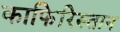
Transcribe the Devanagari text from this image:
काफिरिस्तान